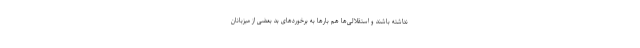
نداشته باشند و استقلالی‌ها هم بارها به برخوردهای بد بعضی از میزبانان